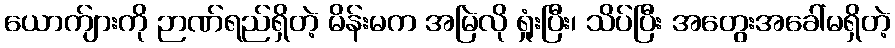
ယောက်ျားကို ဉာဏ်ရည်ရှိတဲ့ မိန်းမက အမြဲလို ရှုံးပြီး၊ သိပ်ပြီး အတွေးအခေါ်မရှိတဲ့